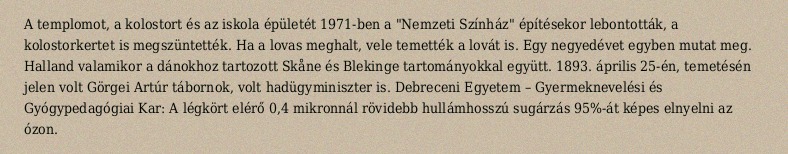
A templomot, a kolostort és az iskola épületét 1971-ben a "Nemzeti Színház" építésekor lebontották, a kolostorkertet is megszüntették. Ha a lovas meghalt, vele temették a lovát is. Egy negyedévet egyben mutat meg. Halland valamikor a dánokhoz tartozott Skåne és Blekinge tartományokkal együtt. 1893. április 25-én, temetésén jelen volt Görgei Artúr tábornok, volt hadügyminiszter is. Debreceni Egyetem – Gyermeknevelési és Gyógypedagógiai Kar: A légkört elérő 0,4 mikronnál rövidebb hullámhosszú sugárzás 95%-át képes elnyelni az ózon.